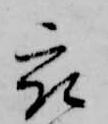
被